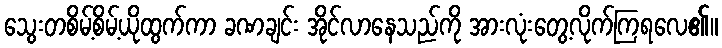
သွေးတစိမ့်စိမ့်ယိုထွက်ကာ ခဏချင်း အိုင်လာနေသည်ကို အားလုံးတွေ့လိုက်ကြရလေ၏။